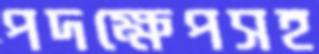
পদক্ষেপসহ